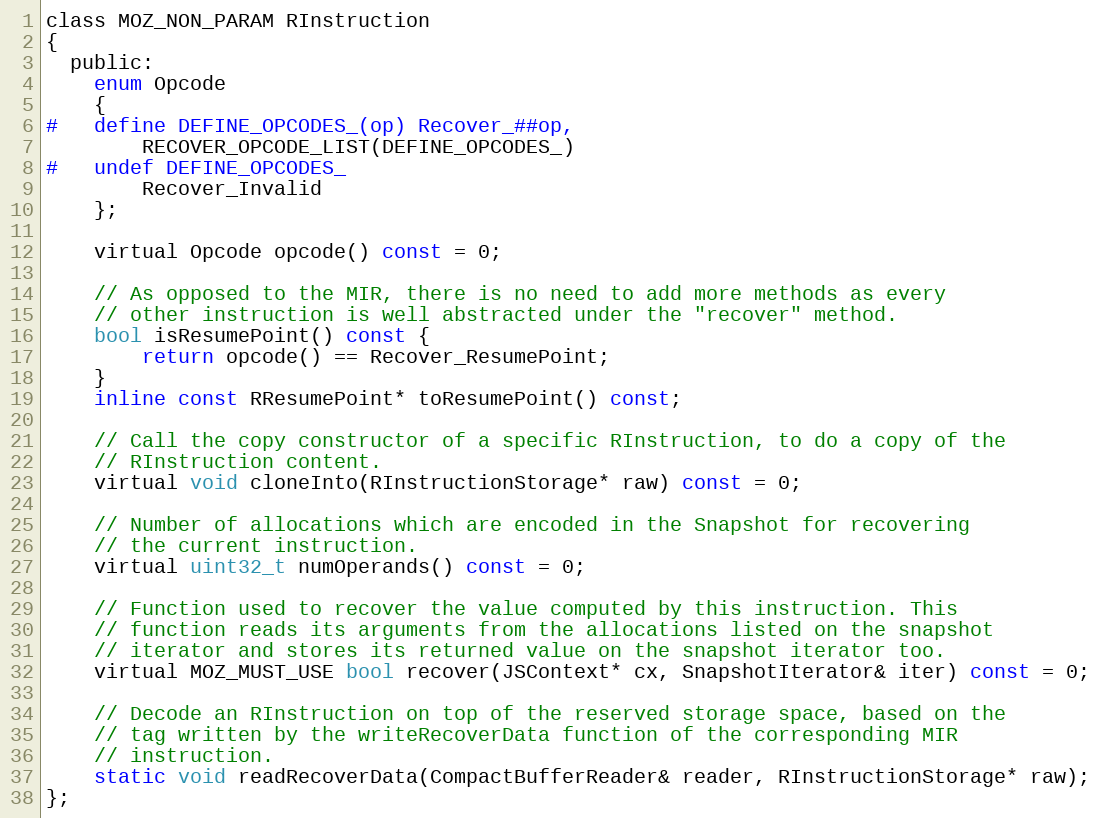
Language: C
class MOZ_NON_PARAM RInstruction
{
  public:
    enum Opcode
    {
#   define DEFINE_OPCODES_(op) Recover_##op,
        RECOVER_OPCODE_LIST(DEFINE_OPCODES_)
#   undef DEFINE_OPCODES_
        Recover_Invalid
    };

    virtual Opcode opcode() const = 0;

    // As opposed to the MIR, there is no need to add more methods as every
    // other instruction is well abstracted under the "recover" method.
    bool isResumePoint() const {
        return opcode() == Recover_ResumePoint;
    }
    inline const RResumePoint* toResumePoint() const;

    // Call the copy constructor of a specific RInstruction, to do a copy of the
    // RInstruction content.
    virtual void cloneInto(RInstructionStorage* raw) const = 0;

    // Number of allocations which are encoded in the Snapshot for recovering
    // the current instruction.
    virtual uint32_t numOperands() const = 0;

    // Function used to recover the value computed by this instruction. This
    // function reads its arguments from the allocations listed on the snapshot
    // iterator and stores its returned value on the snapshot iterator too.
    virtual MOZ_MUST_USE bool recover(JSContext* cx, SnapshotIterator& iter) const = 0;

    // Decode an RInstruction on top of the reserved storage space, based on the
    // tag written by the writeRecoverData function of the corresponding MIR
    // instruction.
    static void readRecoverData(CompactBufferReader& reader, RInstructionStorage* raw);
};